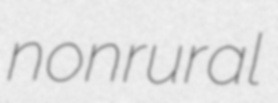
nonrural